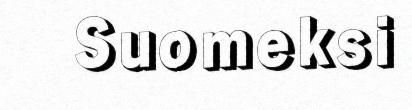
Suomeksi